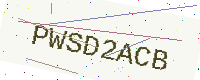
Text: PWSD2ACB